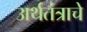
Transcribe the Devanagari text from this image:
अर्थतंत्राचे